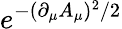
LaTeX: e^{-(\partial_{\mu}A_{\mu})^{2}/2}